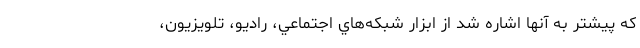
كه پيشتر به آنها اشاره شد از ابزار شبكه‌هاي اجتماعي، راديو، تلويزيون،